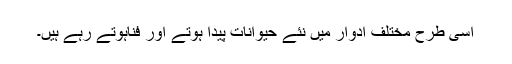
اسی طرح مختلف ادوار میں نئے حیوانات پیدا ہوتے اور فناہوتے رہے ہیں۔